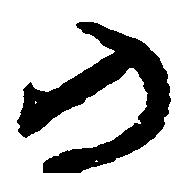
の